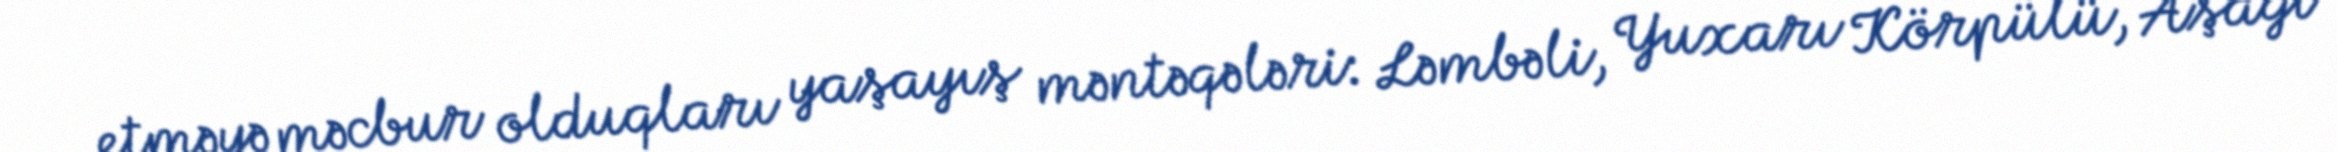
etməyə məcbur olduqları yaşayış məntəqələri: Ləmbəli, Yuxarı Körpülü, Aşağı